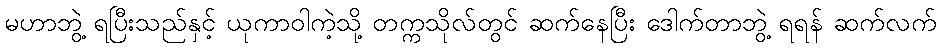
မဟာဘွဲ့ ရပြီးသည်နှင့် ယုကာဝါကဲ့သို့ တက္ကသိုလ်တွင် ဆက်နေပြီး ဒေါက်တာဘွဲ့ ရရန် ဆက်လက်